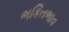
ભકિતભાવ